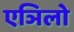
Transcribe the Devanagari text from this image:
एञिलो